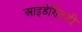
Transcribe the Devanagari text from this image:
आइडेण्टिटी